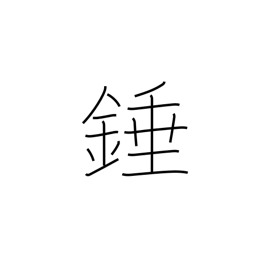
Meaning: plumb bob